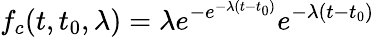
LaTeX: f_{c}(t,t_{0},\lambda)=\lambda e^{-e^{-\lambda(t-t_{0})}}e^{-\lambda(t-t_{0})}